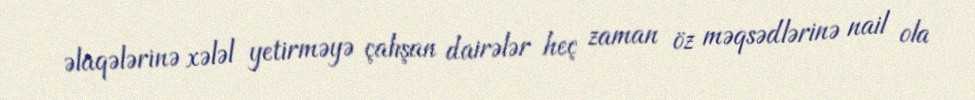
əlaqələrinə xələl yetirməyə çalışan dairələr heç zaman öz məqsədlərinə nail ola